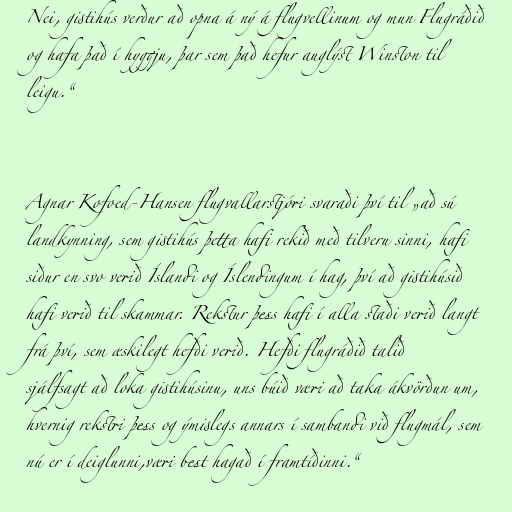
Nei, gistihús verður að opna á ný á flugvellinum og mun Flugráðið
og hafa það í hyggju, þar sem það hefur auglýst Winston til
leigu.“

Agnar Kofoed-Hansen flugvallarstjóri svaraði því til „að sú
landkynning, sem gistihús þetta hafi rekið með tilveru sinni, hafi
siður en svo verið Íslandi og Íslendingum í hag, því að gistihúsið
hafi verið til skammar. Rekstur þess hafi í alla staði verið langt
frá því, sem æskilegt hefði verið. Hefði flugráðið talið
sjálfsagt að loka gistihúsinu, uns búið væri að taka ákvörðun um,
hvernig rekstri þess og ýmislegs annars í sambandi við flugmál, sem
nú er í deiglunni,væri best hagað í framtíðinni.“